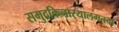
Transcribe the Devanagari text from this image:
समुद्रकिनार्‍यालगतचा